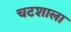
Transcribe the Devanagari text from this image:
चटशाला